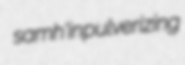
samh'in pulverizing